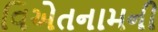
વિએતનામની